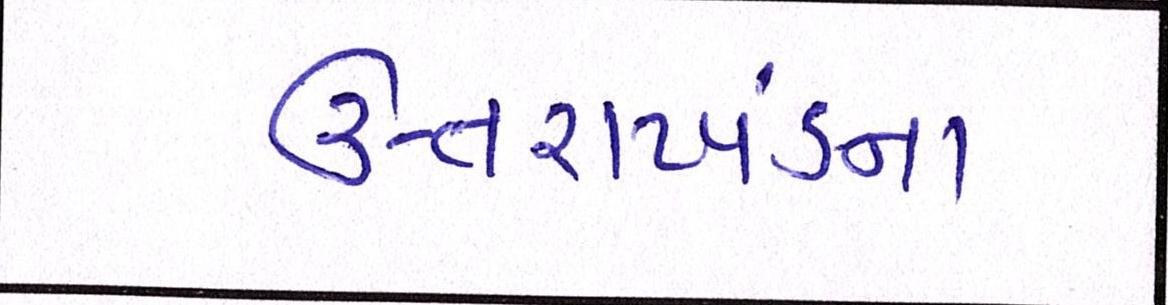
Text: ઉત્તરાખંડના